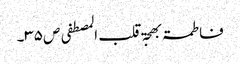
فاطمۃ بھجۃ قلب المصطفی ص ۳۵۔